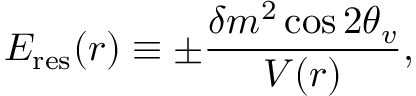
E _ { \mathrm { r e s } } ( r ) \equiv \pm \frac { \delta m ^ { 2 } \cos 2 \theta _ { v } } { V ( r ) } ,